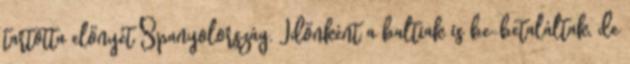
tartotta előnyét Spanyolország. Időnként a baltiak is be-betaláltak, de